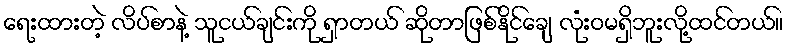
ရေးထားတဲ့ လိပ်စာနဲ့ သူငယ်ချင်းကို ရှာတယ် ဆိုတာဖြစ်နိုင်ချေ လုံးဝမရှိဘူးလို့ထင်တယ်။